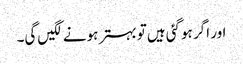
اور اگر ہوگئی ہیں‌تو بہتر ہونے لگیں‌گی۔